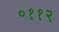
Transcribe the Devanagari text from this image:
०११२